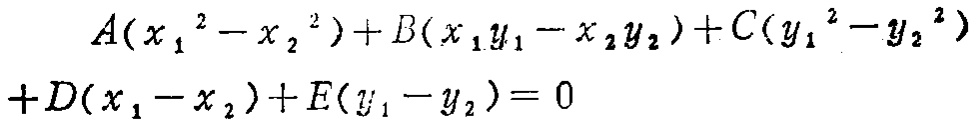
\[
\begin{align*}
&A(x_1^2 - x_2^2)+B(x_1y_1 - x_2y_2)+C(y_1^2 - y_2^2)\\
+&D(x_1 - x_2)+E(y_1 - y_2)=0
\end{align*}
\]